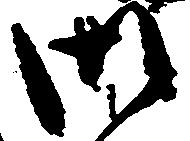
御